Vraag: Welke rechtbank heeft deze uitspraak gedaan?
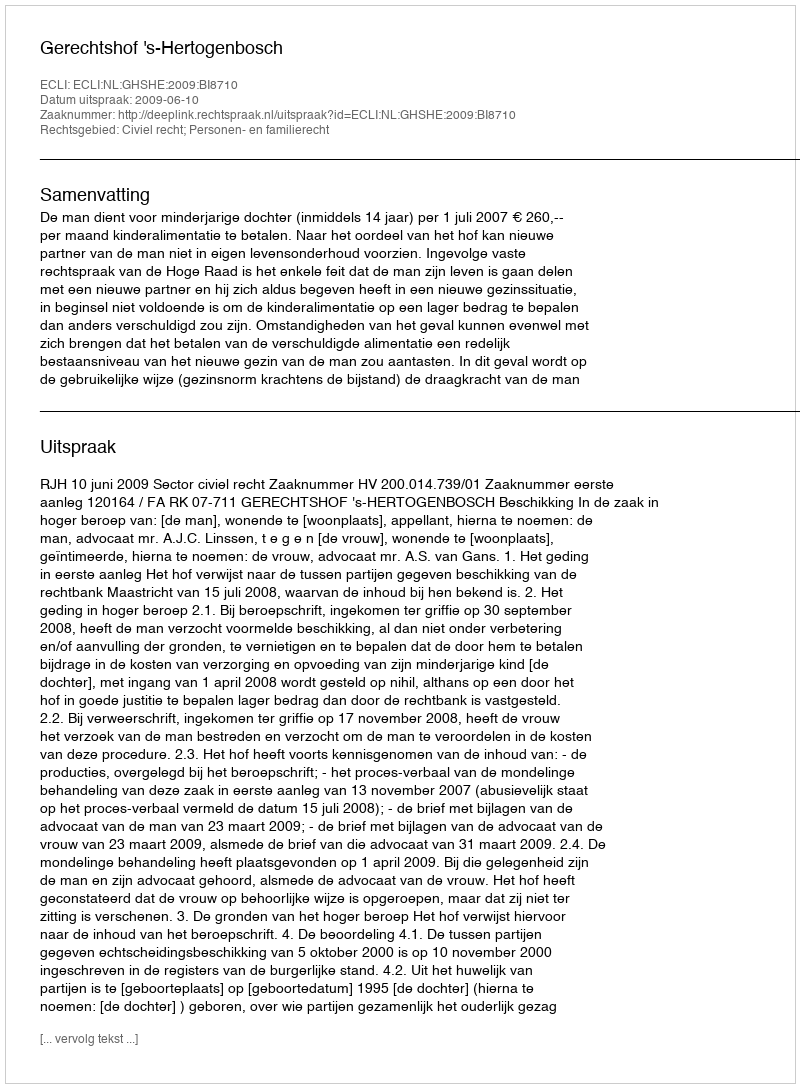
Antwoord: Gerechtshof 's-Hertogenbosch